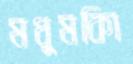
মধুমকিা